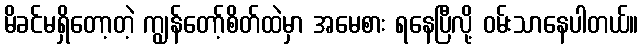
မိခင်မရှိတော့တဲ့ ကျွန်တော့်စိတ်ထဲမှာ အမေစား ရနေပြီလို့ ဝမ်းသာနေပါတယ်။